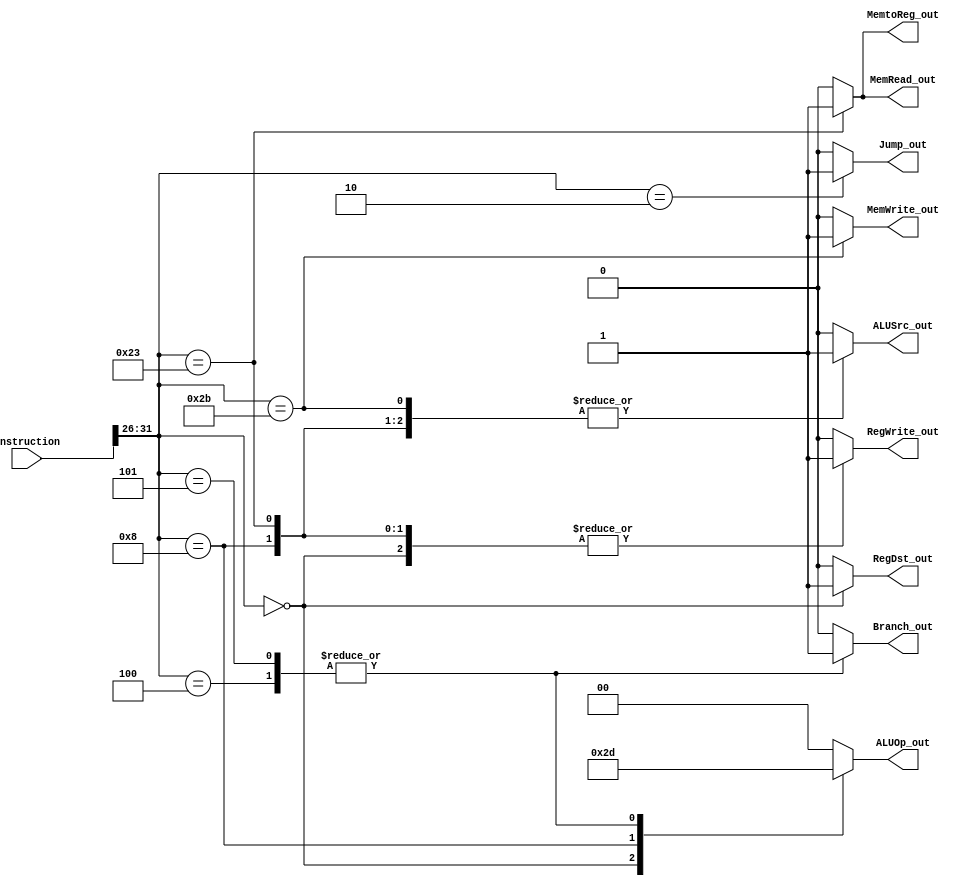
`timescale 1ns / 1ps
//////////////////////////////////////////////////////////////////////////////////
// Company: 
// Engineer: 
// 
// Design Name: 
// Module Name:    control32 
// Project Name: 
// Target Devices: 
// Tool versions: 
// Description: 
//
// Dependencies: 
//
// Revision: 
// Revision 0.01 - File Created
// Additional Comments: 
//
//////////////////////////////////////////////////////////////////////////////////
module control32(
    input [31:0] instruction,
    output RegDst_out,
    output ALUSrc_out,
    output MemtoReg_out,
    output RegWrite_out,
    output MemRead_out,
    output MemWrite_out,
    output Branch_out,
	 output Jump_out,
    output [1:0] ALUOp_out
    );
	reg [5:0] opcode;	//stores opcode
	//reg [5:0] func;	//stores function code
	reg RegDst, ALUSrc, MemtoReg, RegWrite, MemRead, MemWrite, Branch, Jump;	//temp memories for assignment
	reg [1:0] ALUOp;	//temp memories for assignment
	always @(*) begin
		opcode = instruction[31:26];	//isolate opcode
		//func = instruction[5:0];		//isolate function
		
		case(opcode)
		6'b000000 : begin	//if R opcode
			RegDst = 1'b1;
			ALUSrc = 1'b0;
			MemtoReg = 1'b0;
			RegWrite = 1'b1;
			MemRead = 1'b0;
			MemWrite = 1'b0;
			Branch = 1'b0;
			Jump = 1'b0;
			ALUOp = 2'b10;
		end
		6'b001000 : begin //if ADDI opcode
			RegDst = 1'b0;
			ALUSrc = 1'b1;
			MemtoReg = 1'b0;
			RegWrite = 1'b1;
			MemRead = 1'b0;
			MemWrite = 1'b0;
			Branch = 1'b0;
			Jump = 1'b0;
			ALUOp = 2'b11;
		end
		6'b100011 : begin	//if LW opcode
			RegDst = 1'b0;
			ALUSrc = 1'b1;
			MemtoReg = 1'b1;
			RegWrite = 1'b1;
			MemRead = 1'b1;
			MemWrite = 1'b0;
			Branch = 1'b0;
			Jump = 1'b0;
			ALUOp = 2'b00;
		end
		6'b101011 : begin //if SW opcode
			RegDst = 1'b0;
			ALUSrc = 1'b1;
			MemtoReg = 1'b0;
			RegWrite = 1'b0;
			MemRead = 1'b0;
			MemWrite = 1'b1;
			Branch = 1'b0;
			Jump = 1'b0;
			ALUOp = 2'b00;
		end
		6'b000100 : begin //if BEQ opcode
			RegDst = 1'b0;
			ALUSrc = 1'b0;
			MemtoReg = 1'b0;
			RegWrite = 1'b0;
			MemRead = 1'b0;
			MemWrite = 1'b0;
			Branch = 1'b1;
			Jump = 1'b0;
			ALUOp = 2'b01;
		end
		6'b000101 : begin //if BNE opcode
			RegDst = 1'b0;
			ALUSrc = 1'b0;
			MemtoReg = 1'b0;
			RegWrite = 1'b0;
			MemRead = 1'b0;
			MemWrite = 1'b0;
			Branch = 1'b1;
			Jump = 1'b0;
			ALUOp = 2'b01;
		end
		6'b000010 : begin //if J opcode
			RegDst = 1'b0;
			ALUSrc = 1'b0;
			MemtoReg = 1'b0;
			RegWrite = 1'b0;
			MemRead = 1'b0;
			MemWrite = 1'b0;
			Branch = 1'b0;
			Jump = 1'b1;
			ALUOp = 2'b00;
		end
		default : begin	//default opcode
			RegDst = 1'b0;
			ALUSrc = 1'b0;
			MemtoReg = 1'b0;
			RegWrite = 1'b0;
			MemRead = 1'b0;
			MemWrite = 1'b0;
			Branch = 1'b0;
			Jump = 1'b0;
			ALUOp = 2'b00;		
		end
		/*6'b000000 : begin //if ___ opcode
			RegDst = 1'b;
			ALUSrc = 1'b;
			MemtoReg = 1'b;
			RegWrite = 1'b;
			MemRead = 1'b;
			MemWrite = 1'b;
			Branch = 1'b;
			Jump = 1'b;
			ALUOp = 2'b;
		end*/
		endcase
	end
	
	assign RegDst_out = RegDst;
   assign ALUSrc_out = ALUSrc;
   assign MemtoReg_out = MemtoReg;
   assign RegWrite_out = RegWrite;
   assign MemRead_out = MemRead;
   assign MemWrite_out = MemWrite;
   assign Branch_out = Branch;
	assign Jump_out = Jump;
   assign ALUOp_out = ALUOp;
	
endmodule